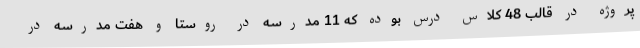
پروژه در قالب 48 کلاس درس بوده که 11 مدرسه در روستا و هفت مدرسه در